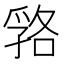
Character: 嗠